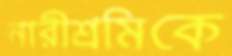
নারীশ্রমিকে